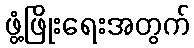
ဖွံ့ဖြိုးရေးအတွက်